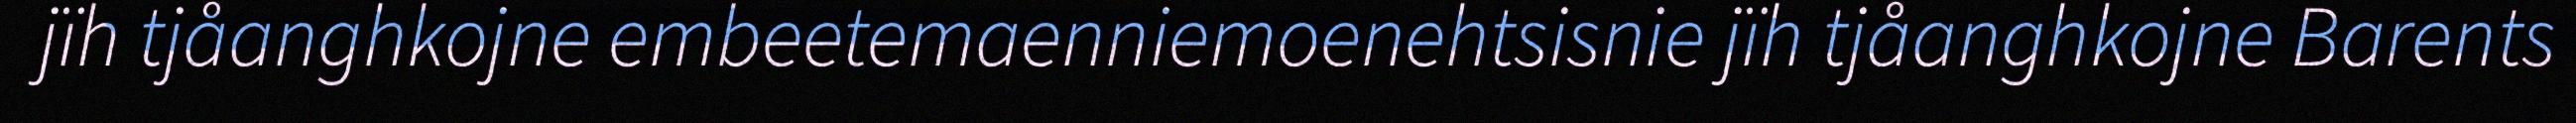
jïh tjåanghkojne embeetemaenniemoenehtsisnie jïh tjåanghkojne Barents